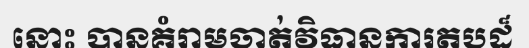
នោះ បានគំរាមចាត់វិធានការតបដ៏